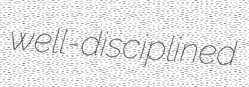
well-disciplined